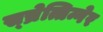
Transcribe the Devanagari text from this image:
स्च्रेत्तिन्गेर